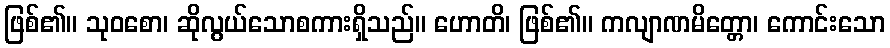
ဖြစ်၏။ သုဝစော၊ ဆိုလွယ်သောစကားရှိသည်။ ဟောတိ၊ ဖြစ်၏။ ကလျာဏမိတ္တော၊ ကောင်းသော